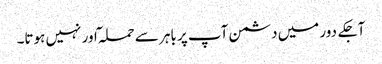
آجکے دور میں دشمن آپ پر باہر سے حملہ ٓاور نہیں ہوتا۔